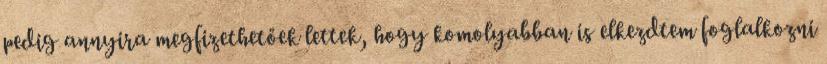
pedig annyira megfizethetőek lettek, hogy komolyabban is elkezdtem foglalkozni